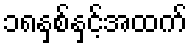
၁၈နှစ်နှင့်အထက်